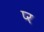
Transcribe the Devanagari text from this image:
प्‍र